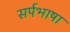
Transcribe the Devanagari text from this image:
सर्पभाषा